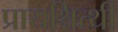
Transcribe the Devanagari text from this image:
प्रायश्चित्थी